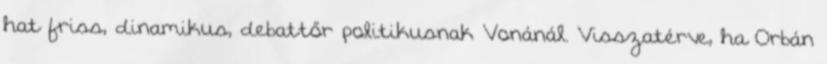
hat friss, dinamikus, debattőr politikusnak Vonánál. Visszatérve, ha Orbán